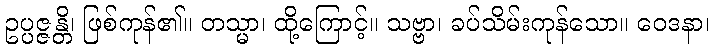
ဥပ္ပဇ္ဇန္တိ၊ ဖြစ်ကုန်၏။ တသ္မာ၊ ထို့ကြောင့်။ သဗ္ဗာ၊ ခပ်သိမ်းကုန်သော။ ဝေဒနာ၊